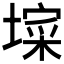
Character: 𭏧